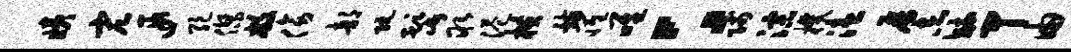
姨宏遐绝杰敝傍部阮髭取港横骸罹唯：贱淙机溘屏志毓甲由